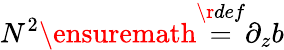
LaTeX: N^{2}\ensuremath{\stackrel{\r{def}}{=}}\partial_{z}b